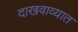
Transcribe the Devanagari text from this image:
दाखवाव्यात